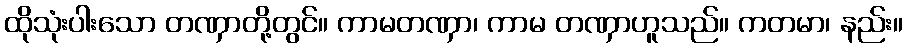
ထိုသုံးပါးသော တဏှာတို့တွင်။ ကာမတဏှာ၊ ကာမ တဏှာဟူသည်။ ကတမာ၊ နည်း။